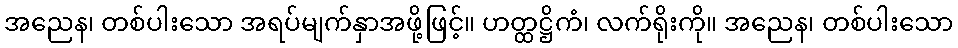
အညေန၊ တစ်ပါးသော အရပ်မျက်နှာအဖို့ဖြင့်။ ဟတ္ထဋ္ဌိကံ၊ လက်ရိုးကို။ အညေန၊ တစ်ပါးသော